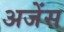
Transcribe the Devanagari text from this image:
अजेंस